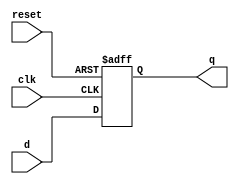
`timescale 1ns / 1ps
//////////////////////////////////////////////////////////////////////////////////
// Company: 
// Engineer: 
// 
// Design Name: 
// Module Name: flopr
// Project Name: 
// Target Devices: 
// Tool Versions: 
// Description: 
// 
// Dependencies: 
// 
// Revision:
// Revision 0.01 - File Created
// Additional Comments:
// 
//////////////////////////////////////////////////////////////////////////////////


// module flopr(

//     );
// endmodule

module flopr #(parameter WIDTH = 8) 
    (
        input clk, reset, 
        input [WIDTH-1:0] d, 
        output reg [WIDTH-1:0] q
        );

    always @(posedge clk, posedge reset) 
        if(reset) q <= 0;
        else      q <= d; 
endmodule